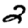
Digit: 2